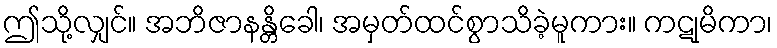
ဤသို့လျှင်။ အဘိဇာနန္တိခေါ၊ အမှတ်ထင်စွာသိခဲ့မူကား။ ကဋုမိကာ၊